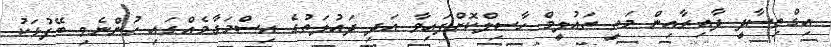
އިގްތިސާދީ ދާއިރާއިން މަތީ ތައުލީމް ހާސިލްކޮށްފައިވާ އަދި ދައުލަތުގެ އިސްމަގާމެއްގައި ހުންނެވި ބޭފުޅަކު